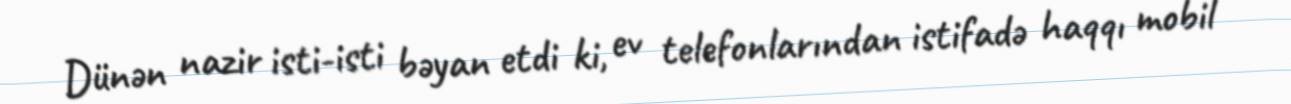
Dünən nazir isti-isti bəyan etdi ki, ev telefonlarından istifadə haqqı mobil